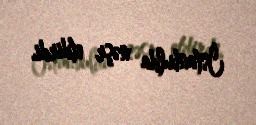
İstanbulda nəşr etdirdi.